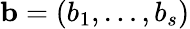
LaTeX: \mathbf{b}=(b_{1},\dots,b_{s})